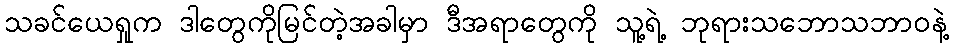
သခင်ယေရှုက ဒါတွေကိုမြင်တဲ့အခါမှာ ဒီအရာတွေကို သူ့ရဲ့ ဘုရားသဘောသဘာဝနဲ့